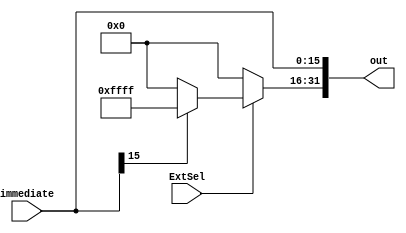
`timescale 1ns / 1ps
//////////////////////////////////////////////////////////////////////////////////
// Company: 
// Engineer: 
// 
// Design Name: 
// Module Name: SignZeroExtend
// Project Name: 
// Target Devices: 
// Tool Versions: 
// Description: 
// 
// Dependencies: 
// 
// Revision:
// Revision 0.01 - File Created
// Additional Comments:
// 
//////////////////////////////////////////////////////////////////////////////////


module SignZeroExtend(
    input [15:0] immediate,
    input ExtSel,
    output [31:0] out
    );
    //assign out = {{16{immediate[15]}},immediate[15:0]};
    // 16
    assign out[15:0] = immediate;
    // 1610 
    assign out[31:16] = ExtSel? (immediate[15]? 16'hffff : 16'h0000) : 16'h0000;
endmodule